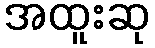
အထူးဆု